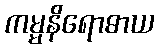
ကမ္မနိရောဓာယ